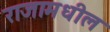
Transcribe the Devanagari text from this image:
राजामधील